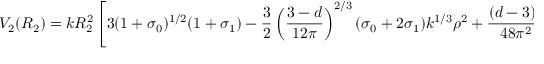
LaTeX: V _ { 2 } ( R _ { 2 } ) = k R _ { 2 } ^ { 2 } \left[ 3 ( 1 + \sigma _ { 0 } ) ^ { 1 / 2 } ( 1 + \sigma _ { 1 } ) - \frac { 3 } { 2 } \left( \frac { 3 - d } { 1 2 \pi } \right) ^ { 2 / 3 } ( \sigma _ { 0 } + 2 \sigma _ { 1 } ) k ^ { 1 / 3 } \rho ^ { 2 } + \frac { ( d - 3 ) ^ { 2 } } { 4 8 \pi ^ { 2 } } \rho ^ { 6 } \right] ,